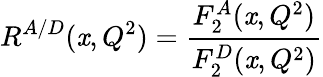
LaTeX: R^{A/D}(\mathit{x},Q^{2})=\frac{{F_{2}^{A}(\mathit{x},Q^{2})}}{{F_{2}^{D}(\mathit{x},Q^{2})}}